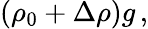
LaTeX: (\rho_{0}+\Delta\rho)g\, ,